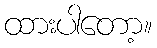
ထားပါတော့။